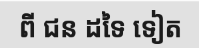
ពី ជន ដទៃ ទៀត